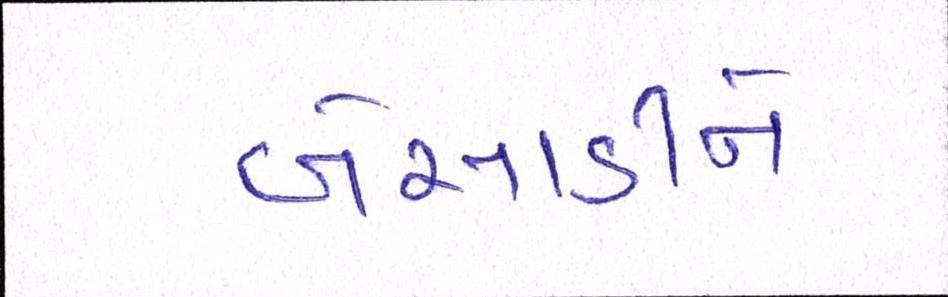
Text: બેસાડીને